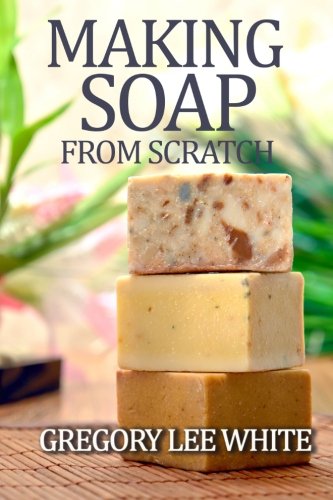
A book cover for Making Soap From Scratch: How to Make Handmade Soap - A Beginners Guide and Beyond; Gregory Lee White; Crafts, Hobbies & Home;